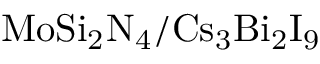
\mathrm { M o S i _ { 2 } N _ { 4 } / C s _ { 3 } B i _ { 2 } I _ { 9 } }